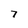
Character: 7